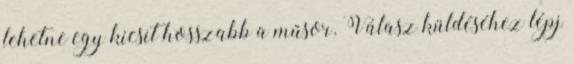
lehetne egy kicsit hosszabb a műsor. Válasz küldéséhez lépj